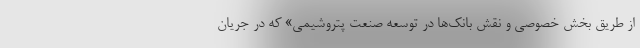
از طریق بخش خصوصی و نقش بانک‌ها در توسعه صنعت پتروشیمی» که در جریان